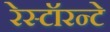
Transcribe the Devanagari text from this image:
रेस्टॉरन्टे